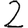
Digit: 2